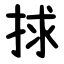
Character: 捄